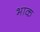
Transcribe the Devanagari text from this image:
भाक